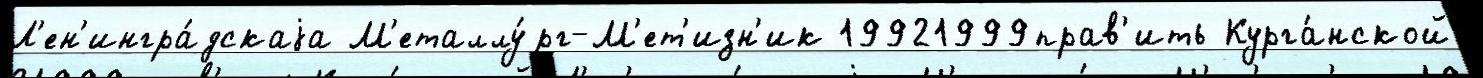
Л'ен'ингра́дскаjа М'еталлу́рг-М'ет'изн'ик 19921999прав'ить Курга́нской